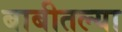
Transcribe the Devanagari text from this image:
बाबीतल्या